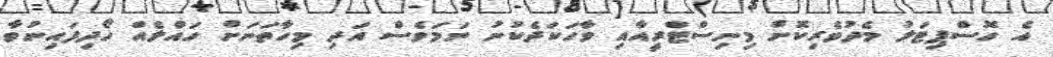
އެ ހޮސްޕިޓަލު މެދުވެރިކޮށް މިނިސްޓްރީއާއި ވާހަކަދެކުނު ނަމަވެސް އަދި މިހާތަނަށް ހައްލެއް ހޯދިފައިނުވާ